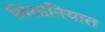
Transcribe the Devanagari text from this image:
लिसानियात